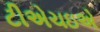
ટીએચઇએ